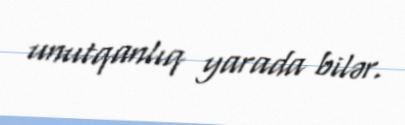
unutqanlıq yarada bilər.